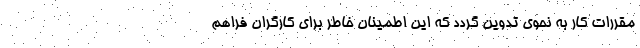
مقررات کار به نحوی تدوین گردد که این اطمینان خاطر برای کارگران فراهم